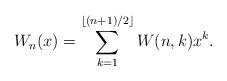
LaTeX: \begin{align*} W_n(x) = \sum_{k=1}^{\lfloor (n+1) /2 \rfloor} W(n,k) x^{k} .\end{align*}